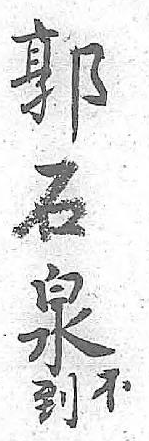
郭不石到泉